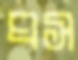
ঘস